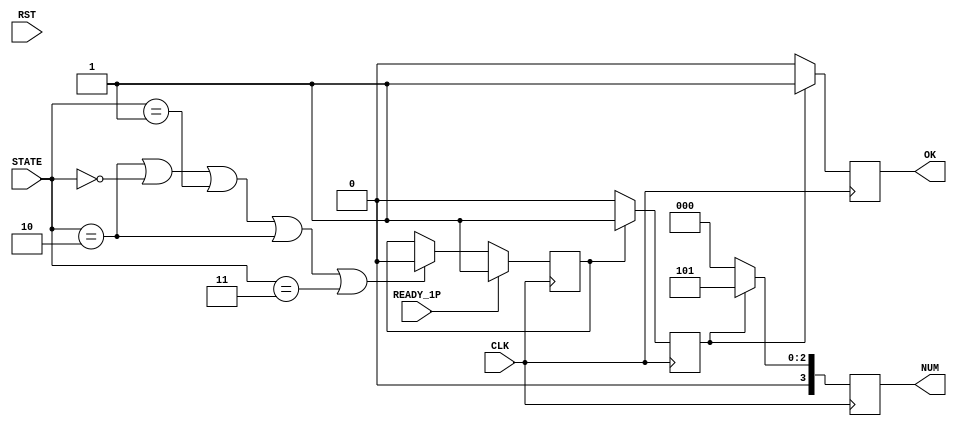
module READY(
  input CLK, RST, READY_1P,
  input [3:0] STATE,
  output reg[3:0] NUM,
  output reg OK
);//1HZ?????????


reg  run_in;//??????????????????1????
reg  keep_1;
reg READY_2P;

initial begin
  keep_1 = 0;
  READY_2P <= 1;//2p???????????
end

always @(posedge CLK)begin
  if(READY_1P)   //?????1????????????keep_1?1???????
    keep_1 <= 1;
    else if(STATE == 2'b0110 || STATE == 2'b1000 || STATE == 2'b1001 || STATE == 2'b1010 || STATE == 2'b1011) //???STATE??DRAW,GOOD,OUCH,WIN,LOSE?????
    keep_1 <= 0;
    else
    keep_1 <= keep_1;
end 

always @(posedge CLK)begin
  if(keep_1 && READY_2P)                   //?????????
    run_in <= 1;
  else 
    run_in <= 0;
end



/*reg [25:0] cnt;
wire en1hz = (cnt == 26'd49_999_99);
always @(posedge CLK)begin
  if(RST)
    cnt <= 26'b0;
  else if(en1hz)
    cnt <= 26'b0;
  else
    cnt <= cnt + 26'b1;//??????????????????????????
end//10?????

reg [3:0] sec;
always @(posedge CLK)begin
  if(RST)
    sec <= 4'h0;
  else if(en1hz)
    if(sec == 4'h9)
      sec <= 4'h0;
    else
      sec <= sec + 4'h1;    //sec?en1hz???????????????. sec??????????????????????
end*/


always @(posedge CLK)begin
  if(run_in)begin
    NUM <= 4'd5;
    //NUM <= sec;//DB?????????
    OK <= 1;//????????????
  end
  else begin
    NUM <= 4'b0;
    OK <= 0;
  end
end
endmodule